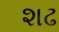
શઢ